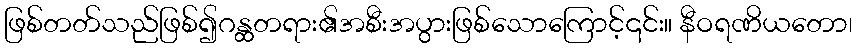
ဖြစ်တတ်သည်ဖြစ်၍ဂန္ထတရား၏အစီးအပွားဖြစ်သောကြောင့်၎င်း။ နီဝရဏိယတော၊